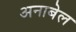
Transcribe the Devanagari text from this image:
अनाबेल